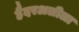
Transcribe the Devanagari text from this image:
हैदरअलीला